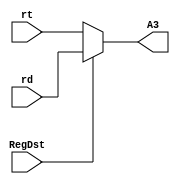
`timescale 1ns / 1ps

module mux_GPR(
		input[4:0] rt, rd,
		input RegDst,
		output reg[4:0] A3
	);

	always @(rt or rd or RegDst)
		if (RegDst == 1) 
            A3 = rd; 
        else 
            A3 = rt;
endmodule